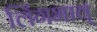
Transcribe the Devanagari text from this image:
लिंगभाव्